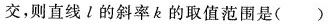
交，则直线l的斜率k的取值范围是( )